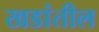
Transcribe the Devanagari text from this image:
खडांतील